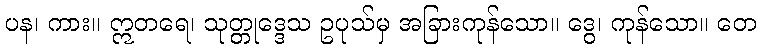
ပန၊ ကား။ ဣတရေ၊ သုတ္တုဒ္ဒေသ ဥပုသ်မှ အခြားကုန်သော။ ဒွေ၊ ကုန်သော။ တေ